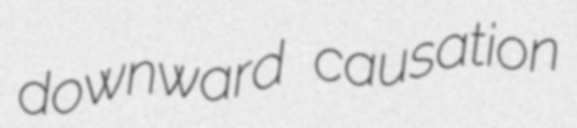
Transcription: downward causation